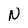
Character: N